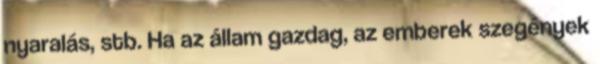
nyaralás, stb. Ha az állam gazdag, az emberek szegények